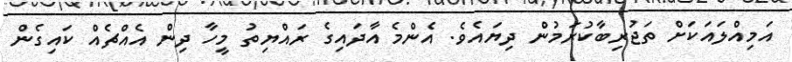
އަމިއްލައަކަށް ތަޖުރިބާކުރަމުން ދިޔައެވެ. އެންމެ އާދައިގެ ރައްޔިތު މީހާ ދިންް އެއްޗެއް ކައިގެންް